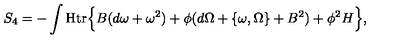
S _ { 4 } = - \int { \mathrm { H t r } } \Bigl \{ B ( d \omega + \omega ^ { 2 } ) + \phi ( d \Omega + \{ \omega , \Omega \} + B ^ { 2 } ) + \phi ^ { 2 } H \Bigr \} ,